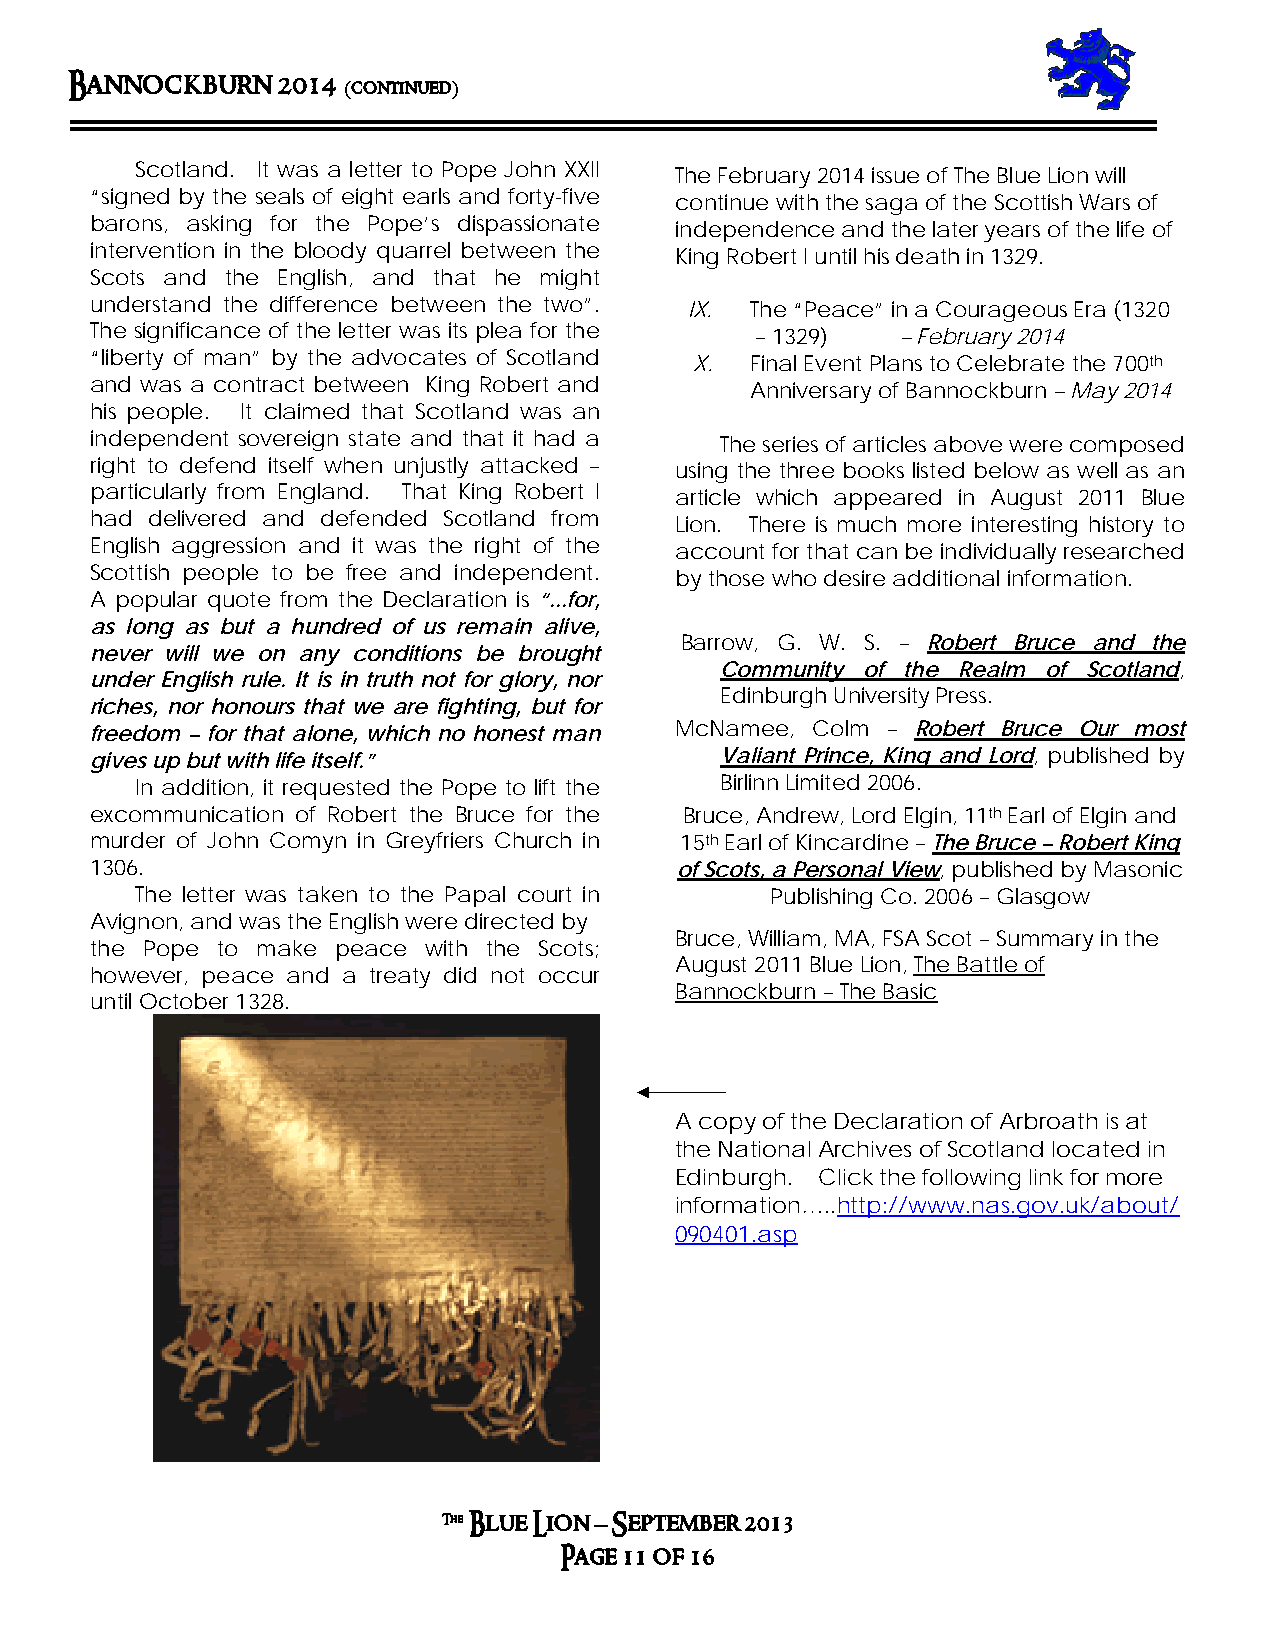
Bann ockburn  2014
 (continued)
 Scotland. It was a letter to Pope John XXII The February 2014 issue of The Blue Lion will
 “signed by the seals of eight earls and forty-five continue with the saga of the Scottish Wars of
 barons, asking for the Pope’s dispassionate independence and the later years of the life of
 intervention in the bloody quarrel between the King Robert I until his death in 1329.
 Scots and the English, and that he might
 understand the difference between the two”. IX. The “Peace” in a Courageous Era (1320
 The significance of the letter was its plea for the – 1329) – February 2014
 “liberty of man” by the advocates of Scotland X. Final Event Plans to Celebrate the 700th
 and was a contract between King Robert and  Anniversary of Bannockburn – May 2014
 his people. It claimed that Scotland was an
 independent sovereign state and that it had a The series of articles above were composed
 right to defend itself when unjustly attacked – using the three books listed below as well as an
 particularly from England. That King Robert I article which appeared in August 2011 Blue
 had delivered and defended Scotland from Lion. There is much more interesting history to
 English aggression and it was the right of the account for that can be individually researched
 Scottish people to be free and independent. by those who desire additional information.
 A popular quote from the Declaration is “...for,
 as long as but a hundred of us remain alive,
 Barrow, G. W. S. – Robert Bruce and the
 never will we on any conditions be brought
 Community of the Realm of Scotland,
 under English rule. It is in truth not for glory, nor
 Edinburgh University Press.
 riches, nor honours that we are fighting, but for
 freedom – for that alone, which no honest man McNamee, Colm – Robert Bruce Our most
 gives up but with life itself.”           Valiant Prince, King and Lord, published by
 In addition, it requested the Pope to lift the Birlinn Limited 2006.
 excommunication of Robert the Bruce for the Bruce, Andrew, Lord Elgin, 11th Earl of Elgin and
 murder of John Comyn in Greyfriers Church in 15th Earl of Kincardine – The Bruce – Robert King
 1306.                                  of Scots, a Personal View, published by Masonic
 The letter was taken to the Papal court in Publishing Co. 2006 – Glasgow
 Avignon, and was the English were directed by
 Bruce, William, MA, FSA Scot – Summary in the
 the Pope to make peace with the Scots;
 August 2011 Blue Lion, The Battle of
 however, peace and a treaty did not occur
 Bannockburn – The Basic
 until October 1328.
 A copy of the Declaration of Arbroath is at
 the National Archives of Scotland located in
 Edinburgh. Click the following link for more
 information…..http://www.nas.gov.uk/about/
 090401.asp
 The Blue Lion – September 2013
 Page 11 of 16